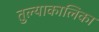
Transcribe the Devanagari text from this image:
तुल्याकालिका